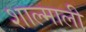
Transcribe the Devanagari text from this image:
शाल्माली